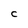
Character: C